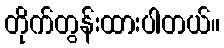
တိုက်တွန်းထားပါတယ်။